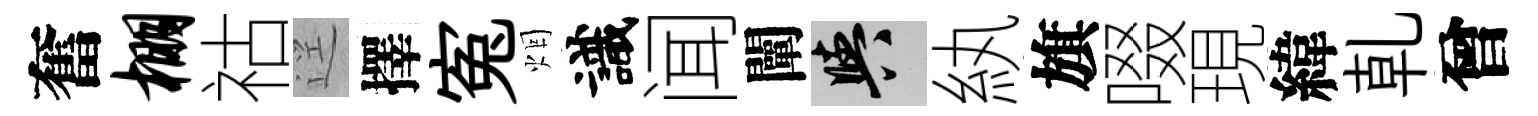
奮棚祜逕擇寃烟識闻闡阳紈旗啜現緯乹曾